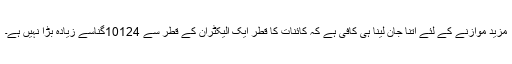
مزید موازنے کے لئے اِتنا جان لینا ہی کافی ہے کہ کائنات کا قطر ایک اِلیکٹران کے قطر سے 10124گناسے زیادہ بڑا نہیں ہے۔